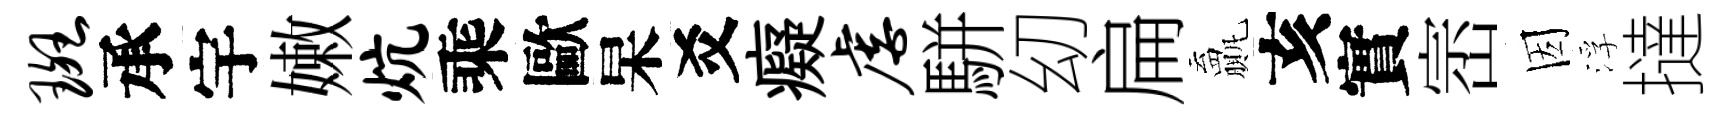
斑承宇嫩炕乘歐杲爻癡虐駢㓜扁贏亥實崈因浮撻